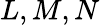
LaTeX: L,M,N